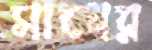
সাধের